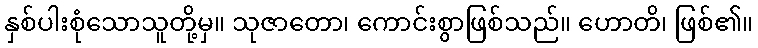
နှစ်ပါးစုံသောသူတို့မှ။ သုဇာတော၊ ကောင်းစွာဖြစ်သည်။ ဟောတိ၊ ဖြစ်၏။